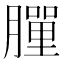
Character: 𦡃